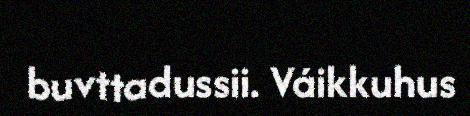
buvttadussii. Váikkuhus